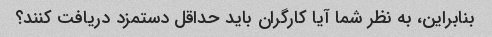
بنابراین، به نظر شما آیا کارگران باید حداقل دستمزد دریافت کنند؟